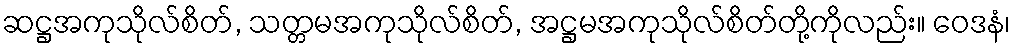
ဆဋ္ဌအကုသိုလ်စိတ်, သတ္တမအကုသိုလ်စိတ်, အဋ္ဌမအကုသိုလ်စိတ်တို့ကိုလည်း။ ဝေဒနံ၊